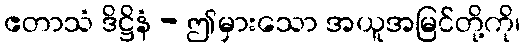
ဧတာသံ ဒိဋ္ဌိနံ - ဤမှားသော အယူအမြင်တို့ကို၊